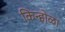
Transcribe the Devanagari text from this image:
किन्होळा